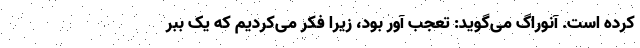
کرده است. آنوراگ می‌گوید: تعجب آور بود، زیرا فکر می‌کردیم که یک ببر